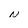
Character: N